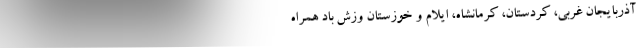
آذربایجان غربی، کردستان، کرمانشاه،‌ ایلام و خوزستان وزش باد همراه